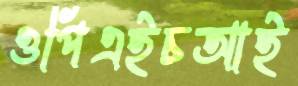
ওপিএইচআই